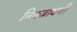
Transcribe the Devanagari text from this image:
निपजायची